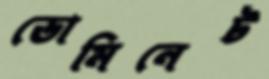
ডোমিনেট